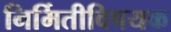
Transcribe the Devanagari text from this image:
निर्मितीविषयक